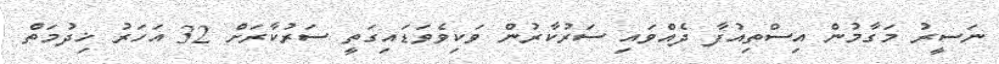
ނަސީރު މަގާމުން އިސްތިއުފާ ދެއްވައި ސަރުކާރުން ވަކިވެވަޑައިގަތީ ސަރުކާރަށް 32 އަހަރު ޚިދުމަތް